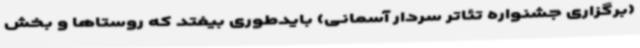
(برگزاری جشنواره تئاتر سردار آسمانی) بایدطوری بیفتد که روستاها و بخش